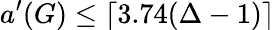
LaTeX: a^{\prime}(G)\leq\lceil 3.74(\Delta-1)\rceil